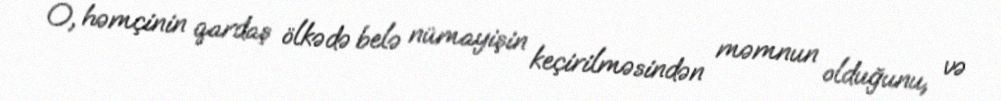
O, həmçinin qardaş ölkədə belə nümayişin keçirilməsindən məmnun olduğunu, və